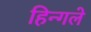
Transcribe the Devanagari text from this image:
हिन्गले